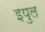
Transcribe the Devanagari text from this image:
इपुल